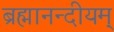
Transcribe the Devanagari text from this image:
ब्रह्मानन्दीयम्